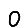
Digit: 0